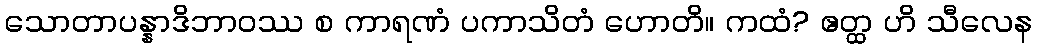
သောတာပန္နာဒိဘာဝဿ စ ကာရဏံ ပကာသိတံ ဟောတိ။ ကထံ? ဧတ္ထ ဟိ သီလေန